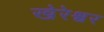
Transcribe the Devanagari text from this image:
खेरेश्वर